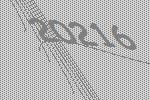
20216